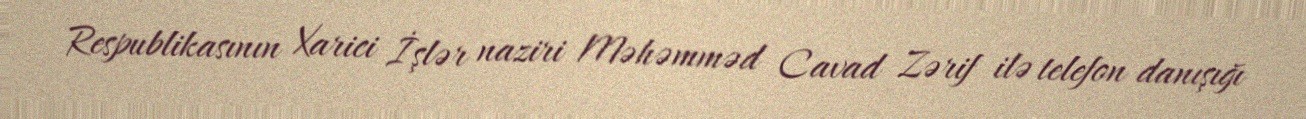
Respublikasının Xarici İşlər naziri Məhəmməd Cavad Zərif ilə telefon danışığı